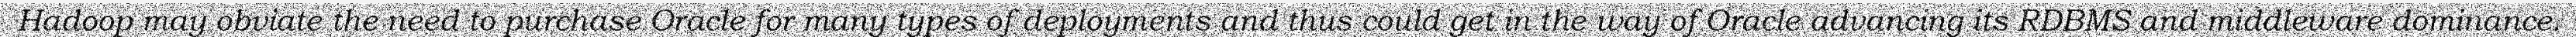
Hadoop may obviate the need to purchase Oracle for many types of deployments and thus could get in the way of Oracle advancing its RDBMS and middleware dominance.